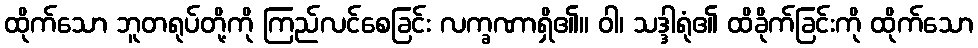
ထိုက်သော ဘူတရုပ်တို့ကို ကြည်လင်စေခြင်း လက္ခဏာရှိ၏။ ဝါ၊ သဒ္ဒါရုံ၏ ထိခိုက်ခြင်းကို ထိုက်သော